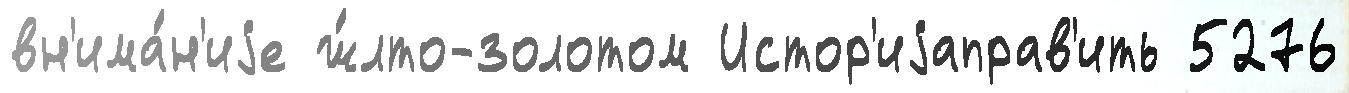
вн'има́н'иjе ж́лто-золотом Истор'иjаправ'ить 5276